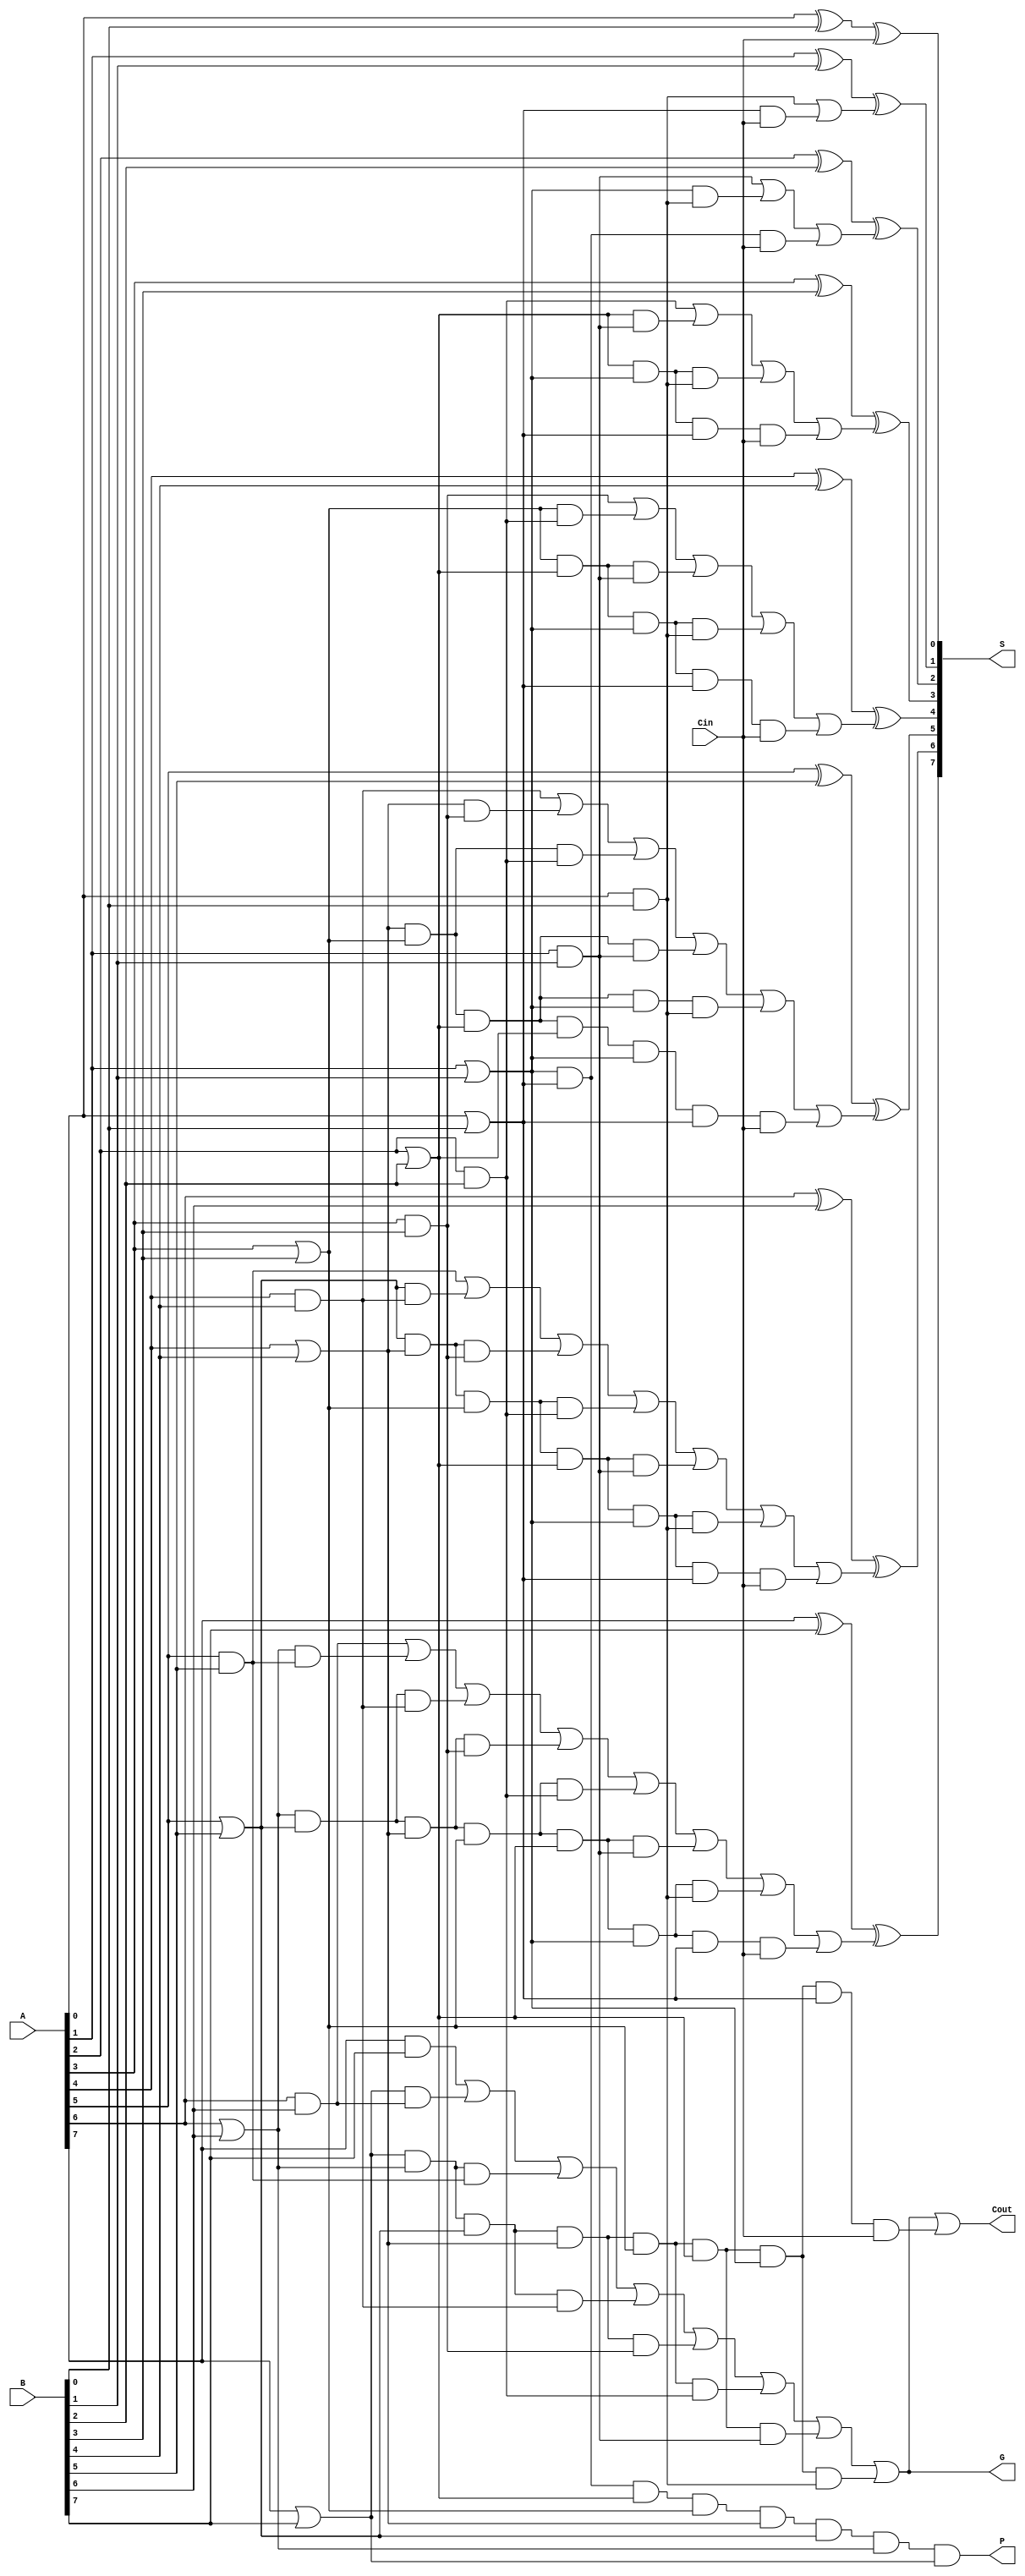
module addCalc_8bit(A, B, Cin, S, Cout, P, G);

input [7:0] A, B;
input Cin;

output [7:0] S;
output Cout, P, G;

// g and p values stored as wires, because all used for intermediate calculations
wire g0, g1, g2, g3, g4, g5, g6, g7;
wire p0, p1, p2, p3, p4, p5, p6, p7;
wire c1, c2, c3, c4, c5, c6, c7;
wire w0, w1, w2, w3, w4, w5, w6, w7, w8, w9, w10, w11, w12, w13, w14, w15, w16, w17, w18, w19, w20, w21, w22, w23, w24, w25, w26, w27, w28, w29, w30, w31, w32, w33, w34, w35;

// calculate all g values
and CALC_g0(g0, A[0], B[0]);
and CALC_g1(g1, A[1], B[1]);
and CALC_g2(g2, A[2], B[2]);
and CALC_g3(g3, A[3], B[3]);
and CALC_g4(g4, A[4], B[4]);
and CALC_g5(g5, A[5], B[5]);
and CALC_g6(g6, A[6], B[6]);
and CALC_g7(g7, A[7], B[7]);

// calculate all p values
or CALC_p0(p0, A[0], B[0]);
or CALC_p1(p1, A[1], B[1]);
or CALC_p2(p2, A[2], B[2]);
or CALC_p3(p3, A[3], B[3]);
or CALC_p4(p4, A[4], B[4]);
or CALC_p5(p5, A[5], B[5]);
or CALC_p6(p6, A[6], B[6]);
or CALC_p7(p7, A[7], B[7]);

// calculate c1
and p0_and_c0(w0, p0, Cin);
or CALC_c1(c1, g0, w0);

// calculate c2
and p1_g0(w1, p1, g0);
and p1_p0_c0(w2, p1, p0, Cin);
or CALC_c2(c2, g1, w1, w2);

// calculate c3
and p2_g1(w3, p2, g1);
and p2_p1_g0(w4, p2, p1, g0);
and p2_p1_p0_c0(w5, p2, p1, p0, Cin);
or CALC_c3(c3, g2, w3, w4, w5);

// calculate c4
and p3_g2(w6, p3, g2);
and p3_p2_g1(w7, p3, p2, g1);
and p3_p2_p1_g0(w8, p3, p2, p1, g0);
and p3_p2_p1_p0_c0(w9, p3, p2, p1, p0, Cin);
or CALC_c4(c4, g3, w6, w7, w8, w9);

// calculate c5
and p4_g3(w10, p4, g3);
and p4_p3_g2(w11, p4, p3, g2);
and p4_p3_p2_g1(w12, p4, p3, p2, g1);
and p4_p3_p2_p1_g0(w13, p4, p3, p2, p1, g0);
and p4_p3_p2_p1_p0_c0(w14, p4, p3, p2, p2, p1, p0, Cin);
or CALC_c5(c5, g4, w10, w11, w12, w13, w14);

// calculate c6
and p5_g4(w15, p5, g4);
and p5_p4_g3(w16, p5, p4, g3);
and p5_p4_p3_g2(w17, p5, p4, p3, g2);
and p5_p4_p3_p2_g1(w18, p5, p4, p3, p2, g1);
and p5_p4_p3_p2_p1_g0(w19, p5, p4, p3, p2, p1, g0);
and p5_p4_p3_p2_p1_p0_c0(w20, p5, p4, p3, p2, p1, p0, Cin);
or CALC_c6(c6, g5, w15, w16, w17, w18, w19, w20);

// calculate c7
and p6_g5(w21, p6, g5);
and p6_p5_g4(w22, p6, p5, g4);
and p6_p5_p4_g3(w23, p6, p5, p4, g3);
and p6_p5_p4_p3_g2(w24, p6, p5, p4, p3, g2);
and p6_p5_p4_p3_p2_g1(w25, p6, p5, p4, p3, p2, g1);
and p6_p5_p4_p3_p2_p1_g0(w26, p6, p5, p4, p3, p2, p1, g0);
and p6_p5_p4_p3_p2_p1_p0_c0(w27, p6, p5, p4, p3, p2, p1, p0, Cin);
or CALC_c7(c7, g6, w21, w22, w23, w24, w25, w26, w27);

// calculate cout
and p7_g6(w28, p7, g6);
and p7_p6_g5(w29, p7, p6, g5);
and p7_p6_p5_g4(w30, p7, p6, p5, g4);
and p7_p6_p5_p4_g3(w31, p7, p6, p5, p4, g3);
and p7_p6_p5_p4_p3_g2(w32, p7, p6, p5, p4, p3, g2);
and p7_p6_p5_p4_p3_p2_g1(w33, p7, p6, p5, p4, p3, p2, g1);
and p7_p6_p5_p4_p3_p2_p1_g0(w34, p7, p6, p5, p4, p3, p2, p1, g0);
and p7_p6_p5_p4_p3_p2_p1_p0_c0(w35, p7, p6, p5, p4, p3, p2, p1, p0, Cin);
or CALC_Cout(Cout, g7, w28, w29, w30, w31, w32, w33, w34, w35);

// calculate P and G
and CALC_P(P, p0, p1, p2, p3, p4, p5, p6, p7);
// might need to change this line w new wires
or CALC_G(G, g7, w28, w29, w30, w31, w32, w33, w34);


// calculate sum
xor CALC_S0(S[0], A[0], B[0], Cin);
xor CALC_S1(S[1], A[1], B[1], c1);
xor CALC_S2(S[2], A[2], B[2], c2);
xor CALC_S3(S[3], A[3], B[3], c3);
xor CALC_S4(S[4], A[4], B[4], c4);
xor CALC_S5(S[5], A[5], B[5], c5);
xor CALC_S6(S[6], A[6], B[6], c6);
xor CALC_S7(S[7], A[7], B[7], c7);


endmodule